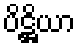
ပိဋ္ဌိယာ